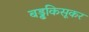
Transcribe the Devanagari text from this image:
बड्ढकिसूकर